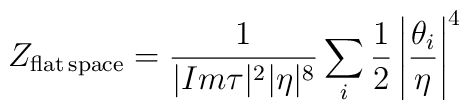
Z_{\rm flat\, space} = {1\over |Im\tau|^2|\eta |^8}\sum_i{1\over 2}\left|{\theta_i\over\eta}\right|^4